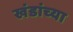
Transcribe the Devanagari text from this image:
खंडांच्‍या